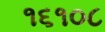
૧૬૧૦૮